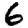
Digit: 6